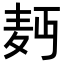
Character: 𮮄